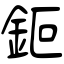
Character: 鉕